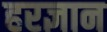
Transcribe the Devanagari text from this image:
हरज्ञान